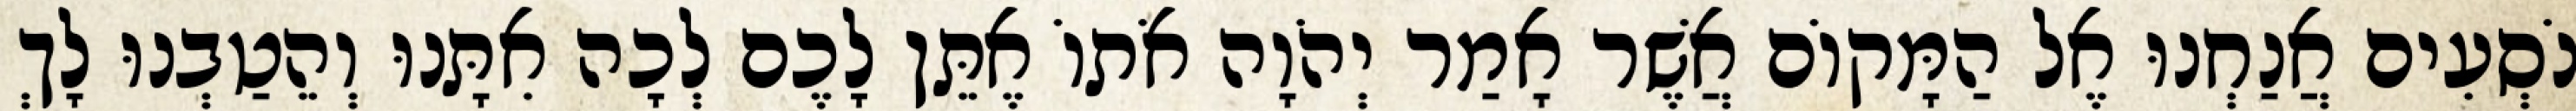
נֹסְעִים אֲנַחְנוּ אֶל הַמָּקוֹם אֲשֶׁר אָמַר יְהֹוָה אֹתוֹ אֶתֵּן לָכֶם לְכָה אִתָּנוּ וְהֵטַבְנוּ לָךְ